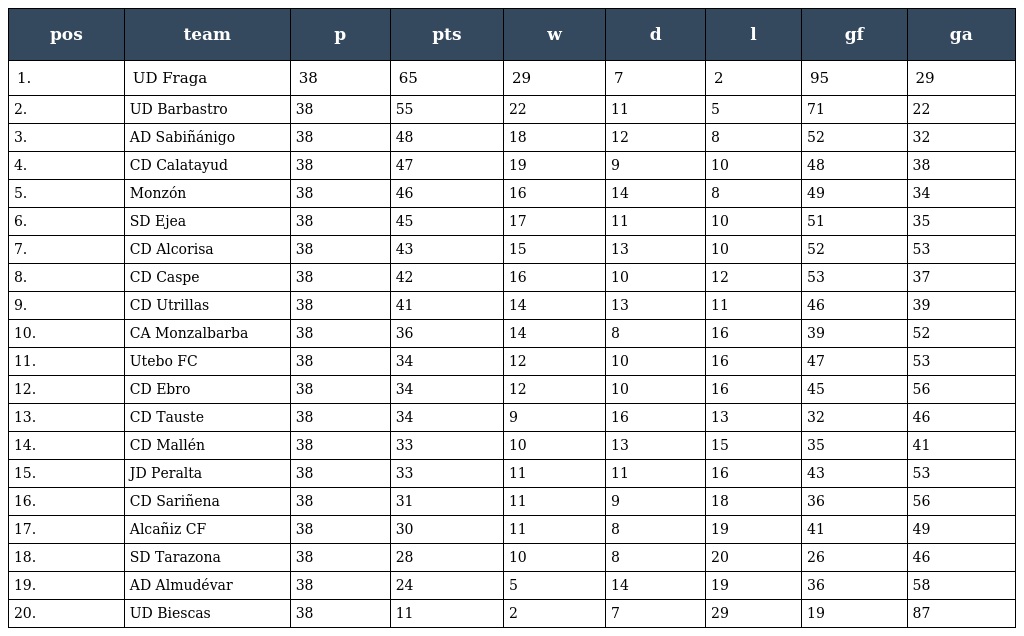
| pos | team | p | pts | w | d | l | gf | ga |
 | --- | --- | --- | --- | --- | --- | --- | --- | --- |
 | 1. | UD Fraga | 38 | 65 | 29 | 7 | 2 | 95 | 29 |
 | 2. | UD Barbastro | 38 | 55 | 22 | 11 | 5 | 71 | 22 |
 | 3. | AD Sabiñánigo | 38 | 48 | 18 | 12 | 8 | 52 | 32 |
 | 4. | CD Calatayud | 38 | 47 | 19 | 9 | 10 | 48 | 38 |
 | 5. | Monzón | 38 | 46 | 16 | 14 | 8 | 49 | 34 |
 | 6. | SD Ejea | 38 | 45 | 17 | 11 | 10 | 51 | 35 |
 | 7. | CD Alcorisa | 38 | 43 | 15 | 13 | 10 | 52 | 53 |
 | 8. | CD Caspe | 38 | 42 | 16 | 10 | 12 | 53 | 37 |
 | 9. | CD Utrillas | 38 | 41 | 14 | 13 | 11 | 46 | 39 |
 | 10. | CA Monzalbarba | 38 | 36 | 14 | 8 | 16 | 39 | 52 |
 | 11. | Utebo FC | 38 | 34 | 12 | 10 | 16 | 47 | 53 |
 | 12. | CD Ebro | 38 | 34 | 12 | 10 | 16 | 45 | 56 |
 | 13. | CD Tauste | 38 | 34 | 9 | 16 | 13 | 32 | 46 |
 | 14. | CD Mallén | 38 | 33 | 10 | 13 | 15 | 35 | 41 |
 | 15. | JD Peralta | 38 | 33 | 11 | 11 | 16 | 43 | 53 |
 | 16. | CD Sariñena | 38 | 31 | 11 | 9 | 18 | 36 | 56 |
 | 17. | Alcañiz CF | 38 | 30 | 11 | 8 | 19 | 41 | 49 |
 | 18. | SD Tarazona | 38 | 28 | 10 | 8 | 20 | 26 | 46 |
 | 19. | AD Almudévar | 38 | 24 | 5 | 14 | 19 | 36 | 58 |
 | 20. | UD Biescas | 38 | 11 | 2 | 7 | 29 | 19 | 87 |